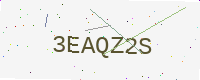
Text: 3EAQZ2S